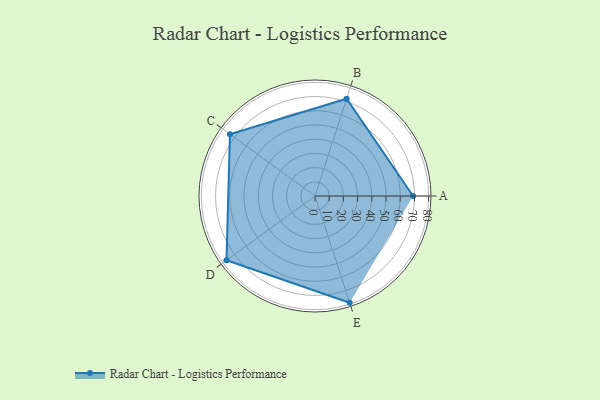
{"axis": {"x": "Skill", "y": "Score"}, "legend": ["Profile"], "data": [{"x": "A", "y": 69.0, "type": "Profile"}, {"x": "B", "y": 72.0, "type": "Profile"}, {"x": "C", "y": 74.0, "type": "Profile"}, {"x": "D", "y": 77.0, "type": "Profile"}, {"x": "E", "y": 79.0, "type": "Profile"}]}